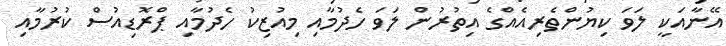
އޭނާއަކީ ލަވަ ކިޔުންތެރިއެއްގެ އިތުރުން ލަވަ ހެދުމާއި މިއުޒިކު ހެދުމާއި ޕްރޮޑިއުސް ކުރުމާއި